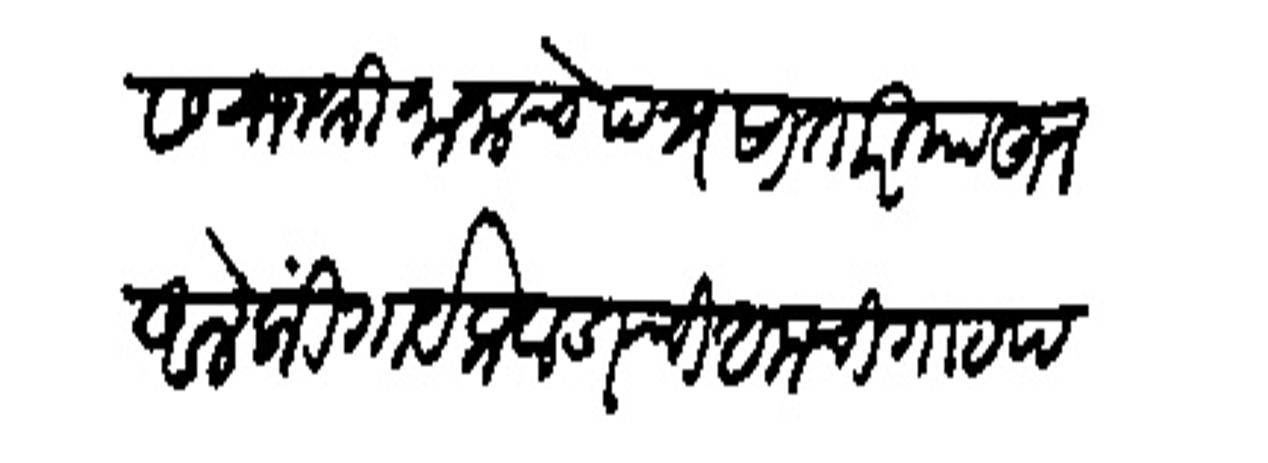
Transliteration (Devanagari): बाबास राजश्री नानाचे पत्र सातारियाहून आलें की गायेकवाडाची आमची गाठ पडली